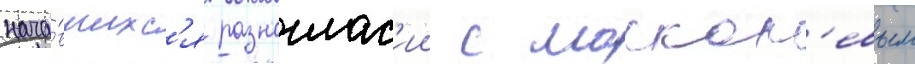
нача́вшихс'я разноглас'ии с москал'евым